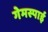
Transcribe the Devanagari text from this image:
गेमस्पाई